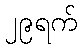
၂၉ရက်